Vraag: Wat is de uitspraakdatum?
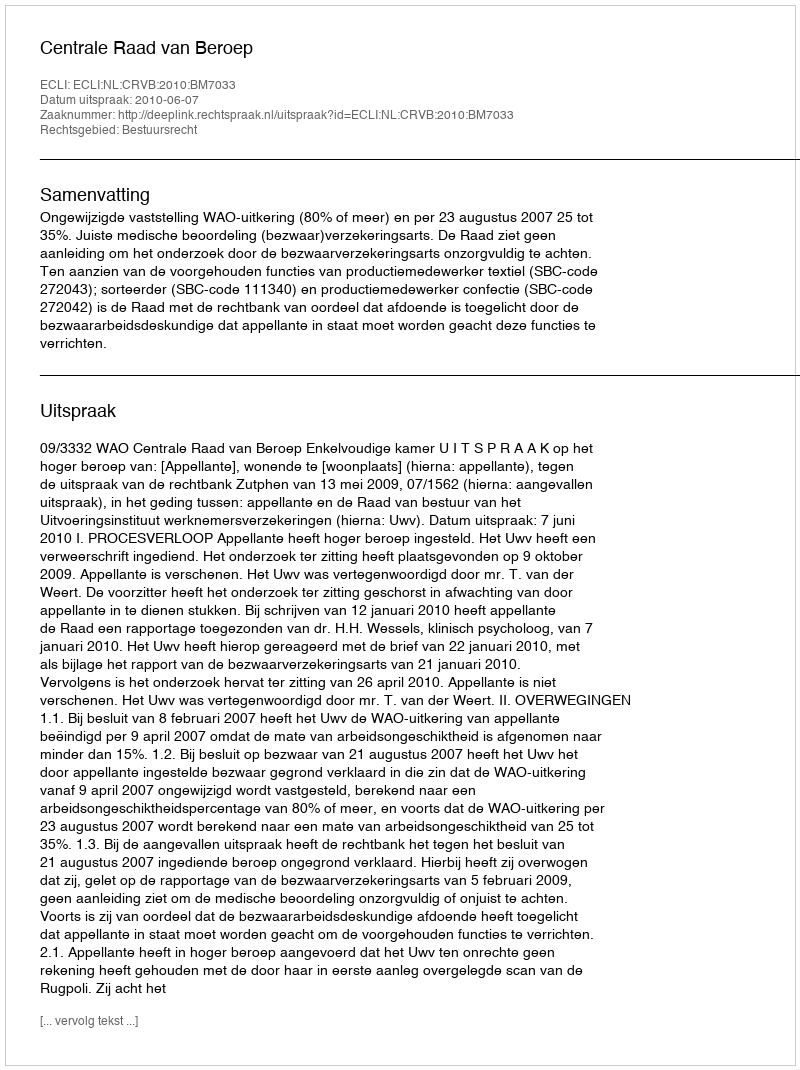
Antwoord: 2010-06-07